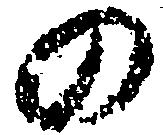
の